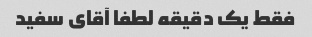
فقط یک دقیقه لطفا آقای سفید